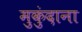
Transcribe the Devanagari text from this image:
मुकुंदाना